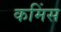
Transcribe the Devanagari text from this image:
कमिंस